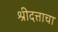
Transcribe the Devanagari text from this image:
श्रीदत्ताचा